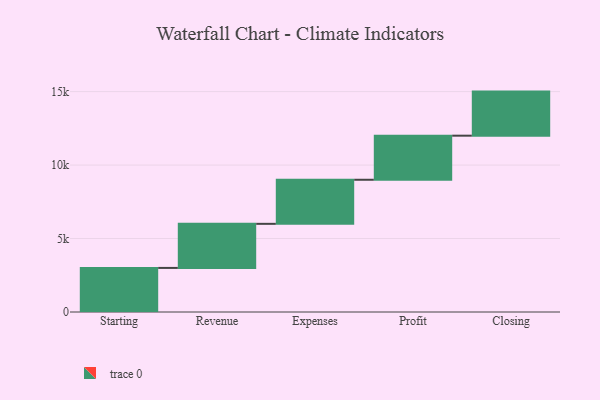
{"axis": {"x": "Step", "y": "Value"}, "legend": [""], "data": [{"x": "Starting", "y": 3000, "type": ""}, {"x": "Revenue", "y": 3000, "type": ""}, {"x": "Expenses", "y": 3000, "type": ""}, {"x": "Profit", "y": 3000, "type": ""}, {"x": "Closing", "y": 3000, "type": ""}]}